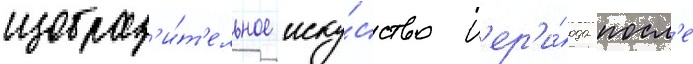
изобраз'и́т'ельное иску́сство п'ер'и́ода посл'е